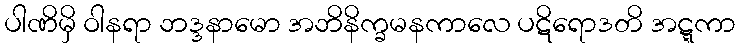
ပါဏိမှိ ဝါနရာ ဘဒ္ဒနာမော အဘိနိက္ခမနကာလေ ပဋိရောဒတိ အဋ္ဋကာ